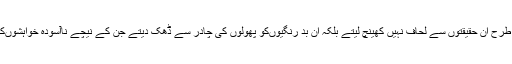
وہ عصمت چغتائی کی طرح ان حقیقتوں سے لحاف نہیں کھینچ لیتے بلکہ ان بد رنگیوںکو پھولوں کی چادر سے ڈھک دیتے جن کے نیچے ناآسودہ خواہشوںکے مزار دفن ہوتے ہیں۔